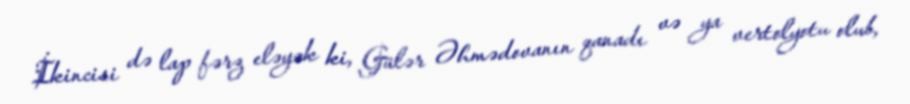
İkincisi də lap fərz eləyək ki, Gülər Əhmədovanın qanadı və ya vertolyotu olub,